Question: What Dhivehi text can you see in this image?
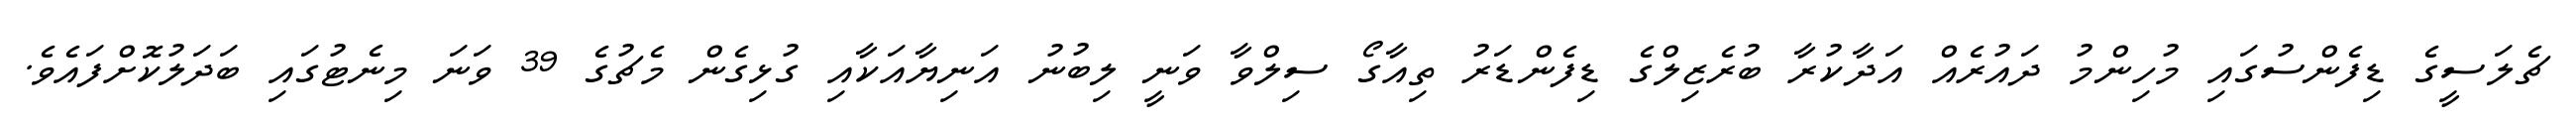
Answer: ޗެލަސީގެ ޑިފެންސުގައި މުހިންމު ދައުރެއް އަދާކުރާ ބުރެޒިލްގެ ޑިފެންޑަރު ތިއާގޯ ސިލްވާ ވަނީ ލިބުނު އަނިޔާއަކާއި ގުޅިގެން މެޗުގެ 39 ވަނަ މިނެޓުގައި ބަދަލުކޮށްފައެވެ.